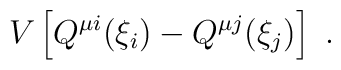
V\left[ Q^{\mu i}(\xi _i)-Q^{\mu j}(\xi _j)\right] \ .